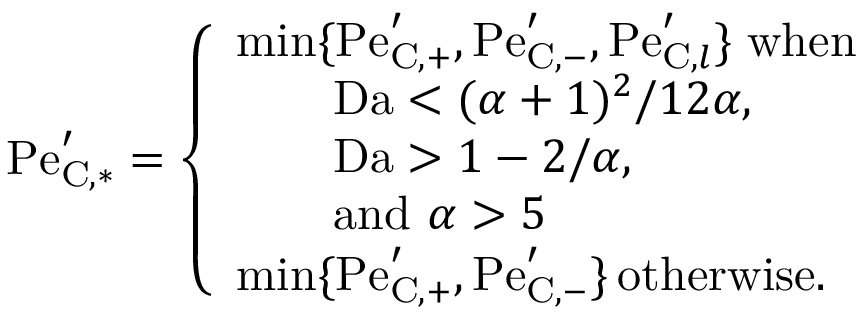
\mathrm { P e } _ { \mathrm { C } , * } ^ { \prime } = \left\{ \begin{array} { l l } { \mathrm { m i n } \{ \mathrm { P e } _ { \mathrm { C } , + } ^ { \prime } , \mathrm { P e } _ { \mathrm { C } , - } ^ { \prime } , \mathrm { P e } _ { \mathrm { C } , l } ^ { \prime } \} \; \mathrm { w h e n ~ } } \\ { \qquad \mathrm { D a } < ( \alpha + 1 ) ^ { 2 } / 1 2 \alpha , } \\ { \qquad \mathrm { D a } > 1 - 2 / \alpha , } \\ { \qquad \mathrm { a n d ~ } \alpha > 5 } \\ { \mathrm { m i n } \{ \mathrm { P e } _ { \mathrm { C } , + } ^ { \prime } , \mathrm { P e } _ { \mathrm { C } , - } ^ { \prime } \} \, \mathrm { o t h e r w i s e } . } \end{array} \right.